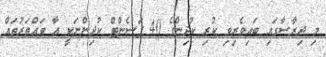
މި ދިރާސާގައި ބައިވެރިވި ކުރި ކުދިންގެ 40 ޕަސެންޓް ކުދިންނަކީ އާ ވައްތަރުތައް